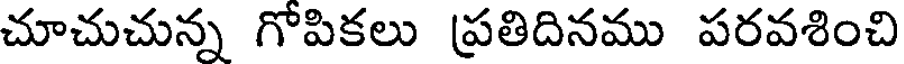
చూచుచున్న గోపికలు ప్రతిదినము పరవశించి